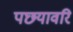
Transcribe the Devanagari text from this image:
पछ्यावरि